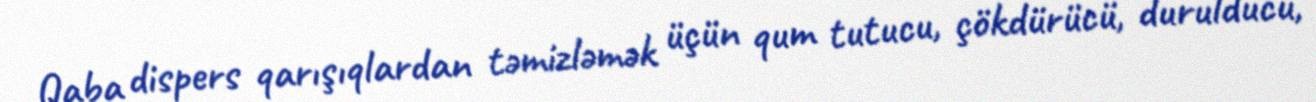
Qaba dispers qarışıqlardan təmizləmək üçün qum tutucu, çökdürücü, durulducu,